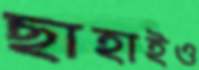
ছাহাইও